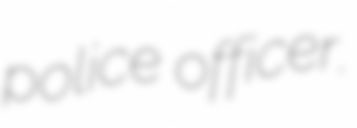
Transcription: police officer.